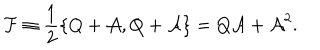
LaTeX: \mathcal { F } \equiv \frac { 1 } { 2 } \{ Q + \mathcal { A } , Q + \mathcal { A } \} = Q \mathcal { A } + \mathcal { A } ^ { 2 } .